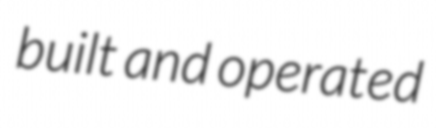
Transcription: built and operated